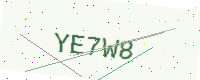
Text: YE7W8